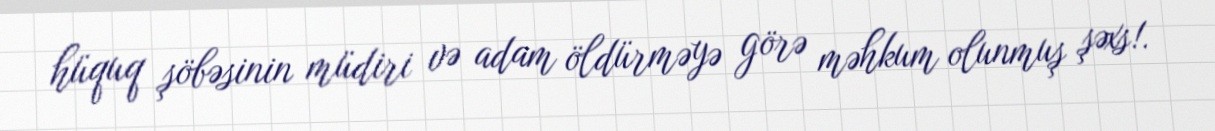
hüquq şöbəsinin müdiri və adam öldürməyə görə məhkum olunmuş şəxs!.